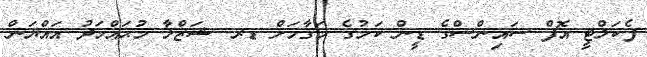
ފެކަލްޓީ އޮފް ސައިންސްގެ ޑީން ކަމުގެ މަޤާމަށް ޑރ. ޝަޒްލާ މުޙައްމަދު އައްޔަން